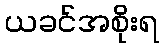
ယခင်အစိုးရ